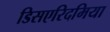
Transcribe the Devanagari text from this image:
डिसएरिदमिया